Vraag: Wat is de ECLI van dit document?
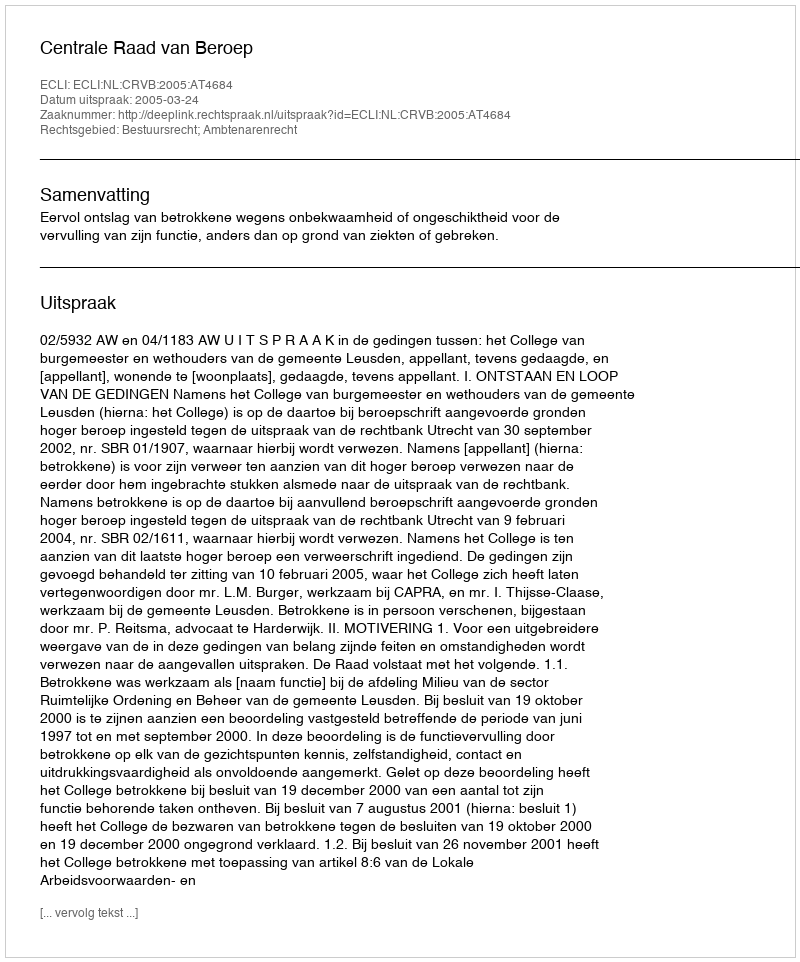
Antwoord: ECLI:NL:CRVB:2005:AT4684